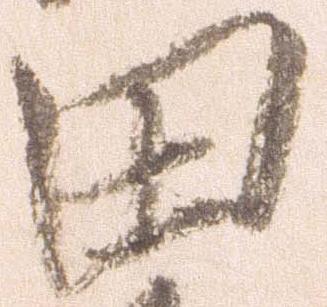
田